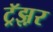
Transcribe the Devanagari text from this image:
ट्रॅझ़र